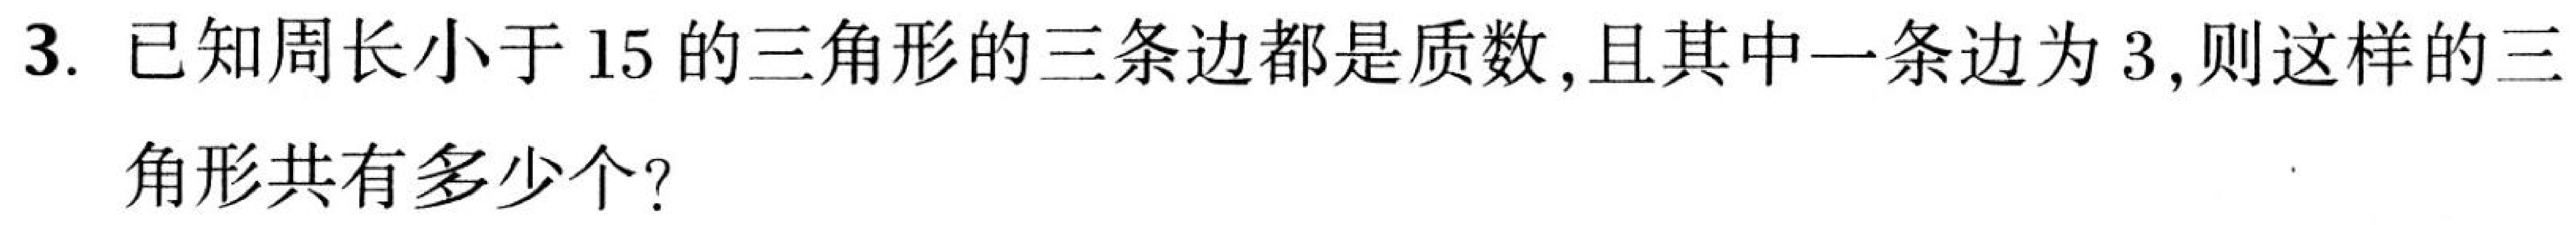
3. 已知周长小于\(15\)的三角形的三条边都是质数,且其中一条边为\(3\),则这样的三
角形共有多少个？